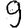
Digit: 9